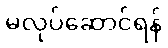
မလုပ်ဆောင်ရန်